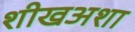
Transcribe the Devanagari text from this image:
शीखअशा